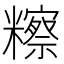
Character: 𥽕